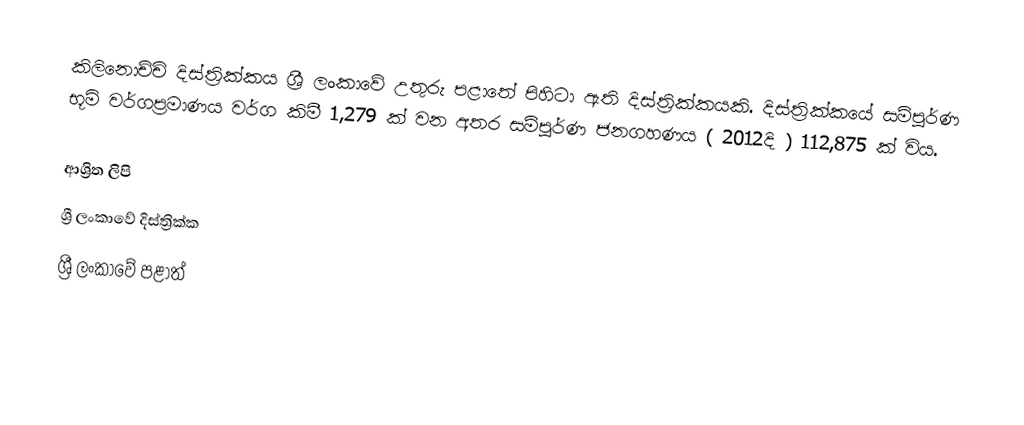
කිලිනොච්චි දිස්ත්‍රික්කය ශ්‍රී ලංකාවේ උතුරු පළාතේ පිහිටා ඇති දිස්ත්‍රික්කයකි. දිස්ත්‍රික්කයේ සම්පූර්ණ භූමි වර්ගප්‍රමාණය වර්ග කිමී 1,279 ක් වන අතර සම්පූර්ණ ජනගහණය ( 2012දි ) 112,875 ක් විය.

ආශ්‍රිත ලිපි
ශ්‍රී ලංකාවේ දිස්ත්‍රික්ක
ශ්‍රී ලංකාවේ පළාත්